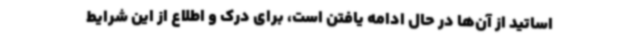
اساتید از آن‌ها در حال ادامه یافتن است، برای درک و اطلاع از این شرایط